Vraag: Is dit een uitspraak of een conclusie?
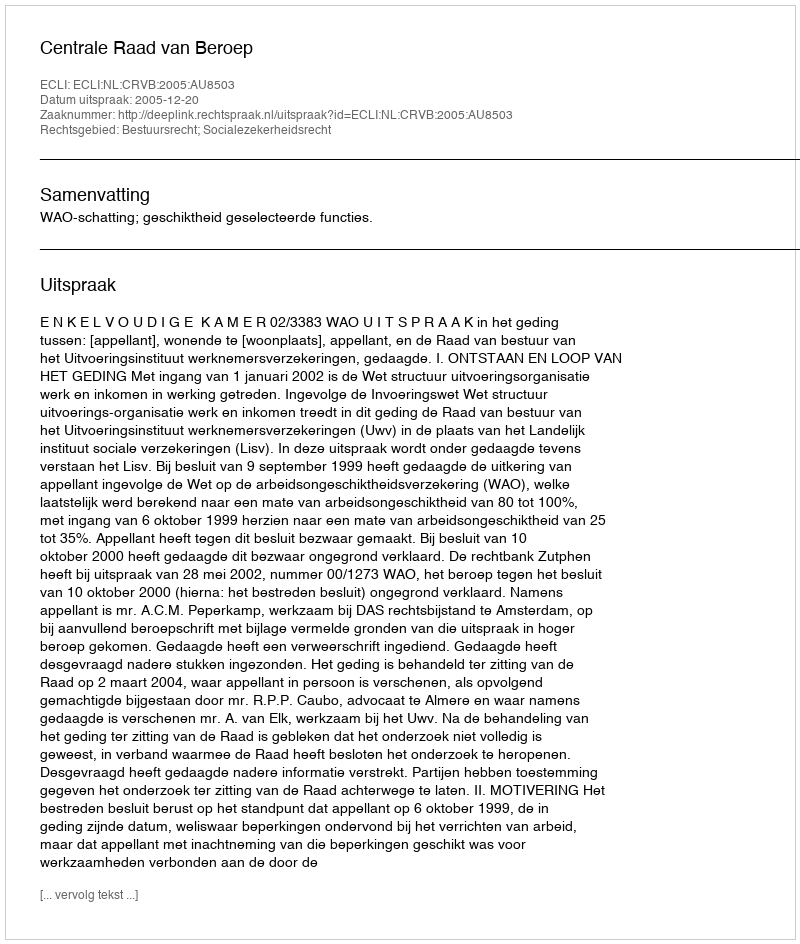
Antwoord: Uitspraak